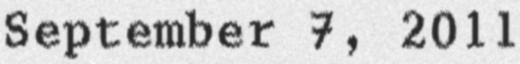
September 7, 2011